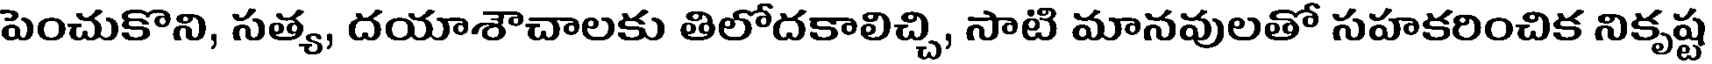
పెంచుకొని, సత్య, దయాశౌచాలకు తిలోదకాలిచ్చి, సాటి మానవులతో సహకరించిక నికృష్ట